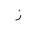
Letter: _zay